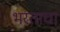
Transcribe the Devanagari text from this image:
भरताचा